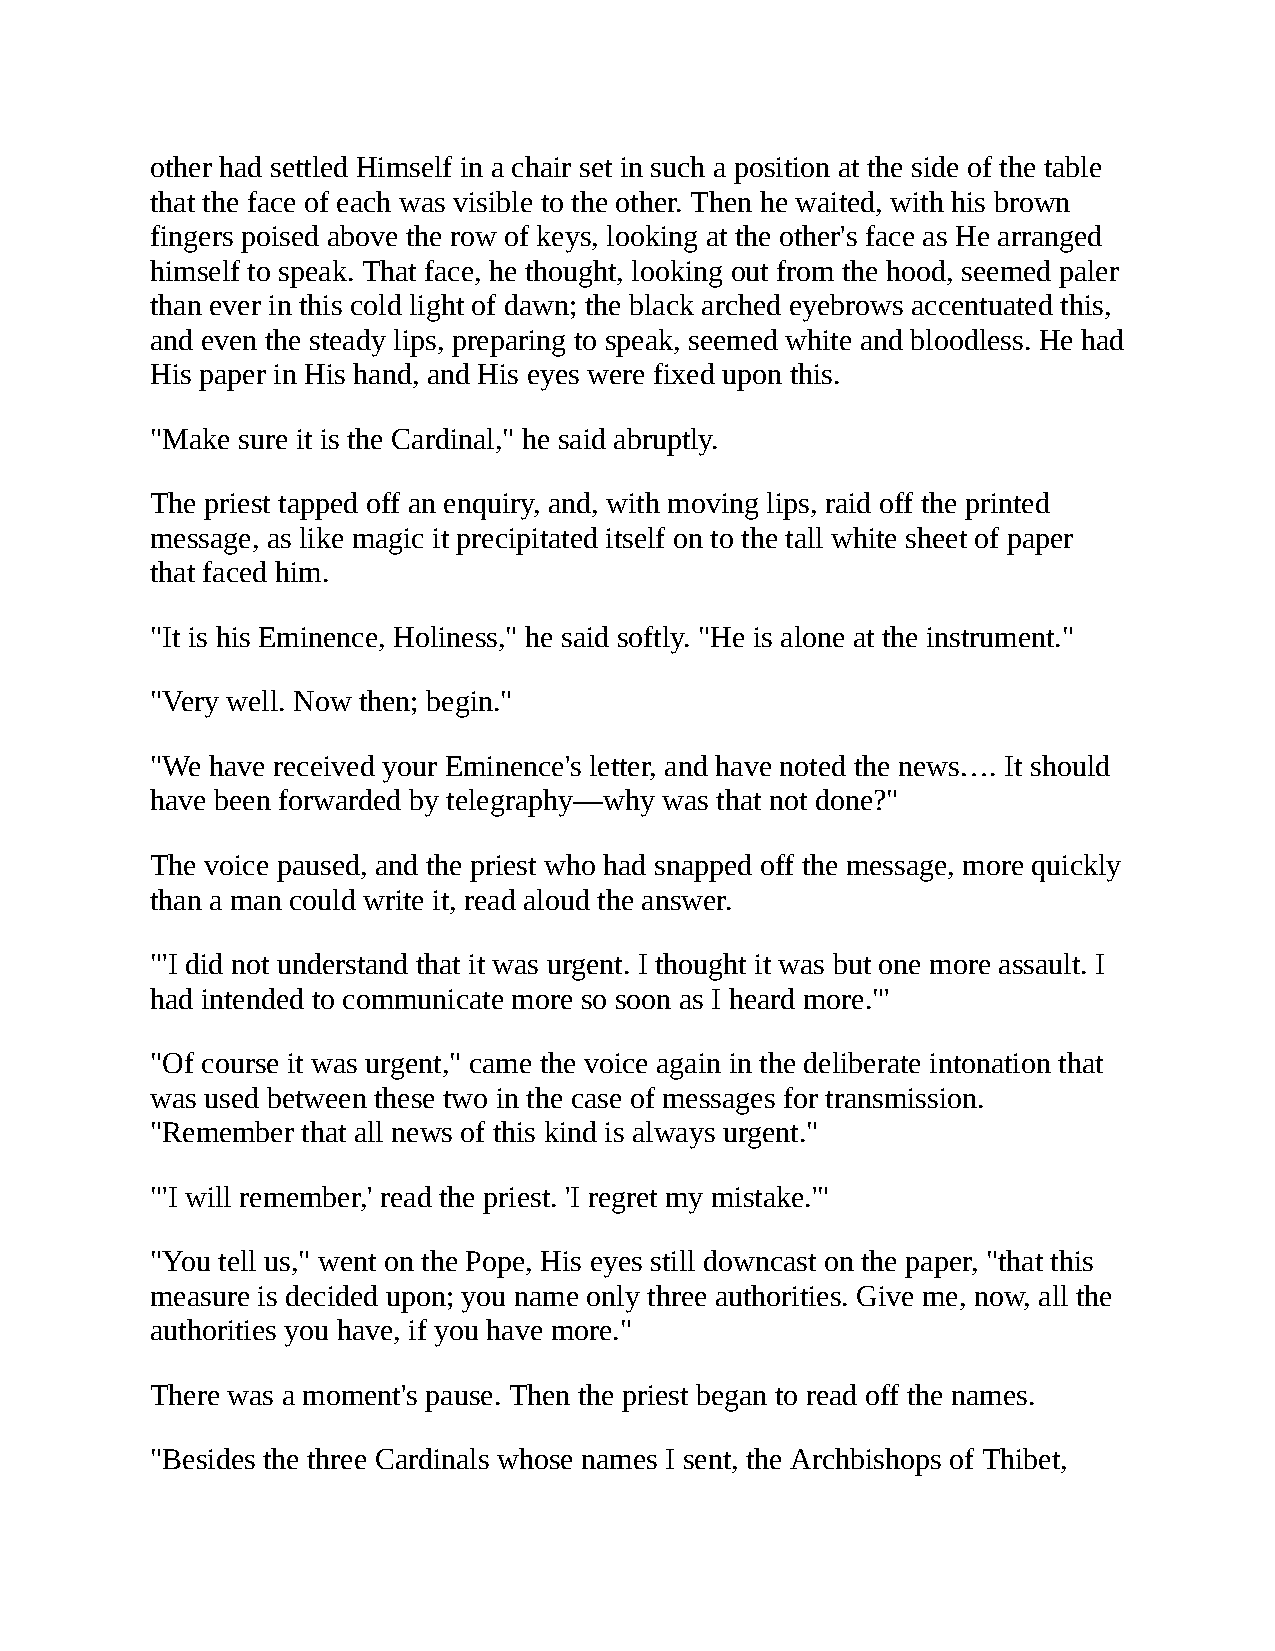
other had settled Himself in a chair set in such a position at the side of the table
 that the face of each was visible to the other. Then he waited, with his brown
 fingers poised above the row of keys, looking at the other's face as He arranged
 himself to speak. That face, he thought, looking out from the hood, seemed paler
 than ever in this cold light of dawn; the black arched eyebrows accentuated this,
 and even the steady lips, preparing to speak, seemed white and bloodless. He had
 His paper in His hand, and His eyes were fixed upon this.
 "Make sure it is the Cardinal," he said abruptly.
 The priest tapped off an enquiry, and, with moving lips, raid off the printed
 message, as like magic it precipitated itself on to the tall white sheet of paper
 that faced him.
 "It is his Eminence, Holiness," he said softly. "He is alone at the instrument."
 "Very well. Now then; begin."
 "We have received your Eminence's letter, and have noted the news…. It should
 have been forwarded by telegraphy—why was that not done?"
 The voice paused, and the priest who had snapped off the message, more quickly
 than a man could write it, read aloud the answer.
 "'I did not understand that it was urgent. I thought it was but one more assault. I
 had intended to communicate more so soon as I heard more."'
 "Of course it was urgent," came the voice again in the deliberate intonation that
 was used between these two in the case of messages for transmission.
 "Remember that all news of this kind is always urgent."
 "'I will remember,' read the priest. 'I regret my mistake.'"
 "You tell us," went on the Pope, His eyes still downcast on the paper, "that this
 measure is decided upon; you name only three authorities. Give me, now, all the
 authorities you have, if you have more."
 There was a moment's pause. Then the priest began to read off the names.
 "Besides the three Cardinals whose names I sent, the Archbishops of Thibet,